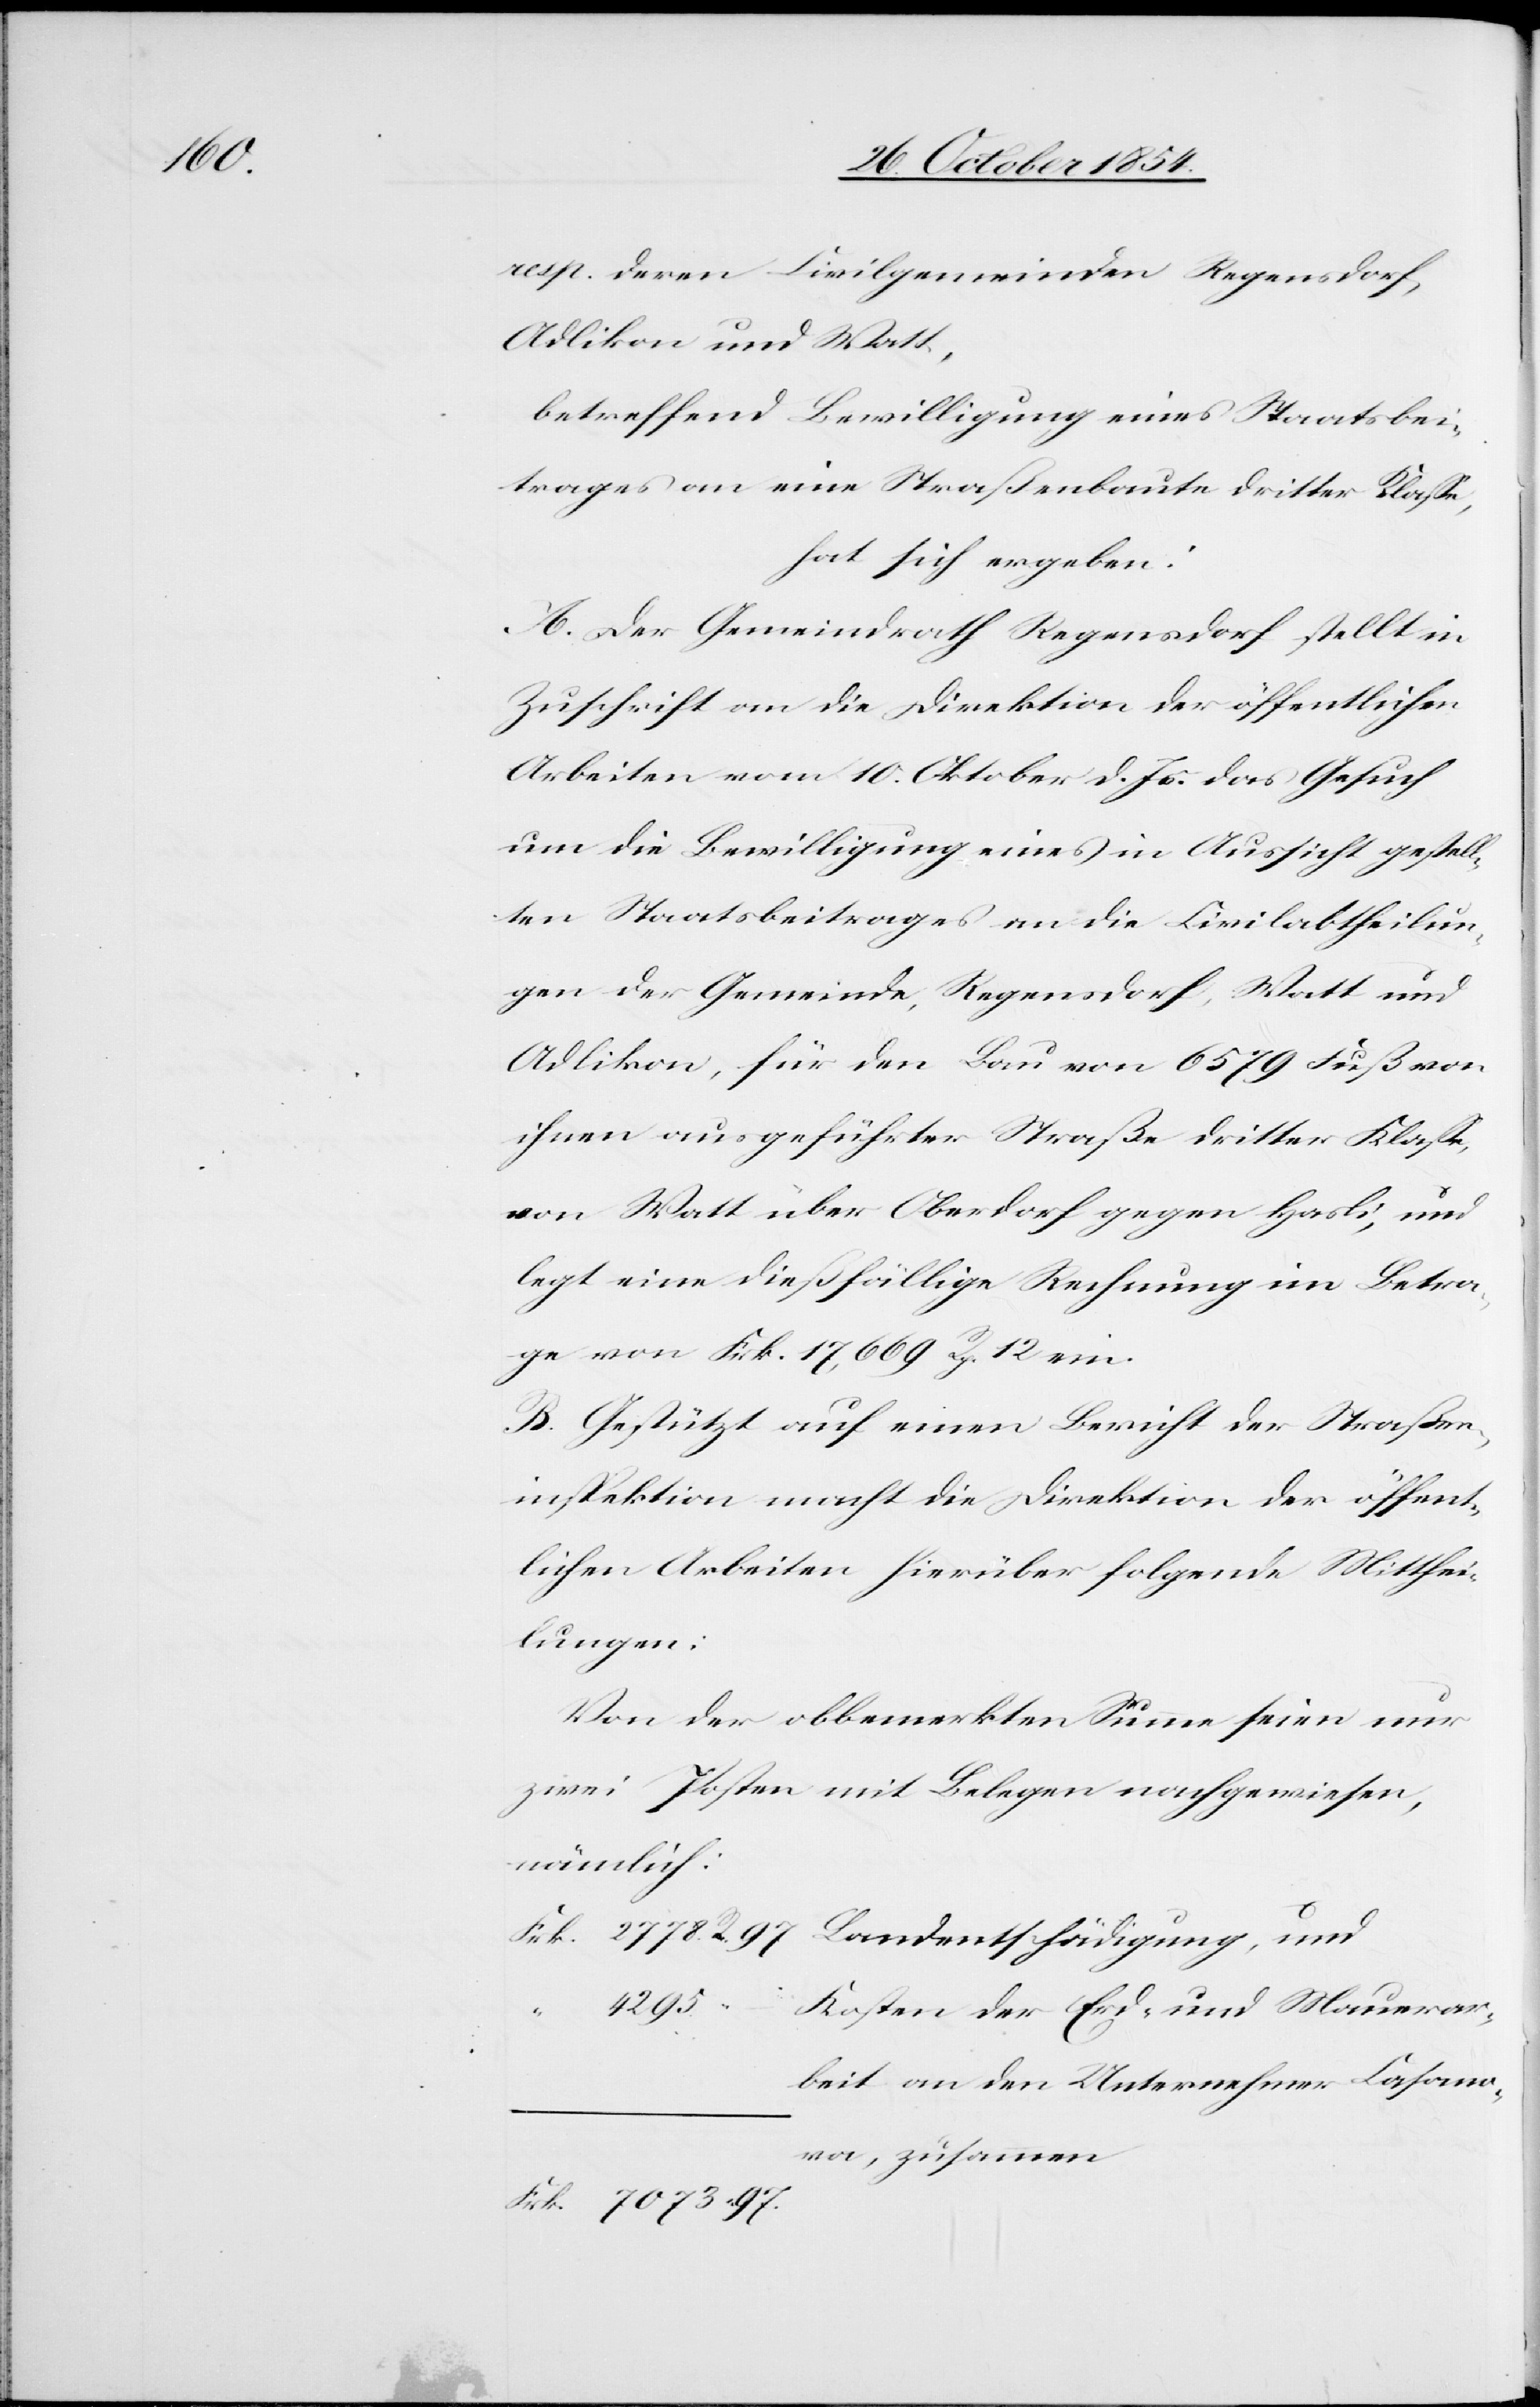
resp. deren Civilgemeinde Regensdorf,
Adlikon und Watt,
betreffend Bewilligung eines Staatsbei¬
trages an eine Straßenbaute dritter Klaße,
hat sich ergeben:
A. Der Gemeindrath Regensdorf stellt in
Zuschrift an die Direktion der öffentlichen
Arbeiten vom 10. Oktober d. Js. das Gesuch
um die Bewilligung eines in Aussicht gestell¬
ten Staatsbeitrages an die Civilabtheilun¬
g der Gemeinde Regensdorf, Watt und
Adlikon, für den Bau von 6579 Fuß von
ihnen ausgeführter Straße dritter Klaße,
von Watt über Oberdorf gegen Hasli, und
legt eine dießfällige Rechnung im Betra¬
ge von Frk. 17,669 Rp. 12 ein.
B. Gestützt auf einen Bericht der Straßen¬
inspektion macht die Direktion der öffent¬
lichen Arbeiten hierüber folgende Mitthei¬
lungen:
Von der obbemerkten Summe seien nur
zwei Posten mit Belegen nachgewiesen,
nämlich:
4295.
Kosten der Erd- und Mauerar¬
97.
beit an den Unternehmer Casano¬
va, zusammen